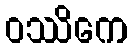
ဝဿိကေ